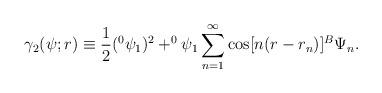
LaTeX: \begin{align*}\gamma _2(\psi ;r)\equiv \frac 12(^0\psi _1)^2+^0\psi _1\sum_{n=1}^\infty\cos [n(r-r_n)]^B\Psi _n.\end{align*}